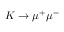
K \rightarrow \mu ^ { + } \mu ^ { - }